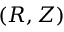
( R , Z )